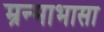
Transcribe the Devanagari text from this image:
म्रन्माभासा